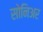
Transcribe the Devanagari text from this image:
सोनिअर